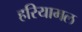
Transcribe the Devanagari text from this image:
हरियामल